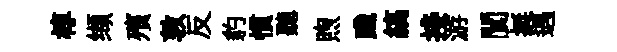
椁缬殯敦反豹慣聽煦踐縞接游閬挺遇